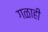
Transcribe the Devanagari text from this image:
गळाही